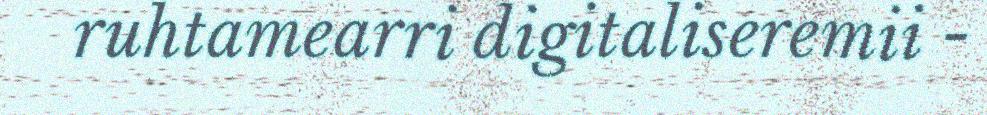
ruhtamearri digitaliseremii -